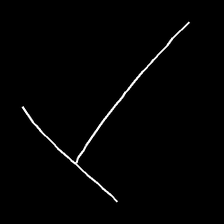
Glyph: column